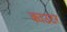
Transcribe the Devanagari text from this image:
काउटर